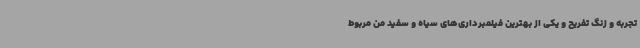
تجربه و زنگ تفریح و یکی از بهترین فیلمبرداری‌های سیاه و سفید من مربوط